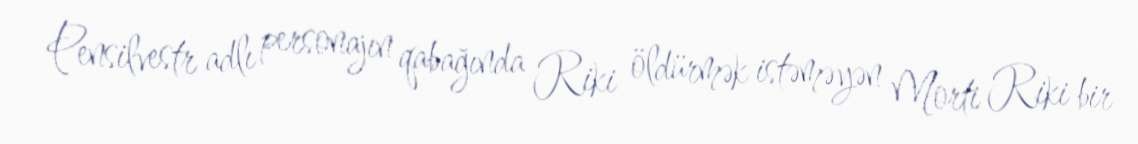
Pensilvestr adlı personajın qabağında Riki öldürmək istəməyən Morti Riki bir